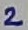
Text: 2